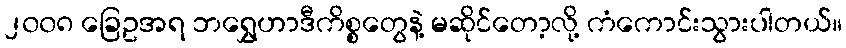
၂၀၀၈ ခြေဥအရ ဘရွှေဟာဒီကိစ္စတွေနဲ့ မဆိုင်တော့လို့ ကံကောင်းသွားပါတယ်။